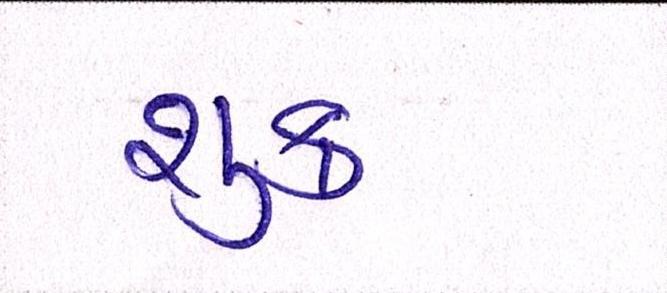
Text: શુક્ર